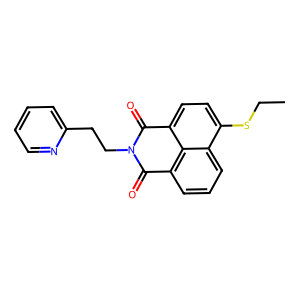
SMILES: CCSc1ccc2c3c(cccc13)C(=O)N(CCc1ccccn1)C2=O
Inhibits HIV replication: No